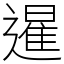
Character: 暹